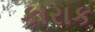
કારાક